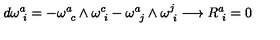
d \omega _ { \phantom { i } i } ^ { a } = - \omega _ { \phantom { c } c } ^ { a } \wedge \omega _ { \phantom { i } i } ^ { c } - \omega _ { \phantom { j } j } ^ { a } \wedge \omega _ { \phantom { i } i } ^ { j } \longrightarrow R _ { \phantom { i } i } ^ { a } = 0